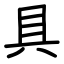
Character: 具